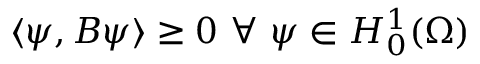
\langle \psi , B \psi \rangle \ge 0 \ \forall \ \psi \in H _ { 0 } ^ { 1 } ( \Omega )